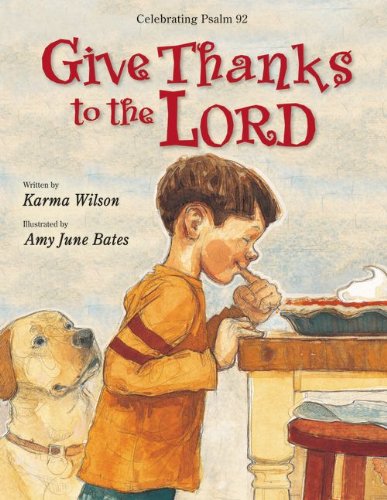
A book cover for Give Thanks to the Lord; Karma Wilson; Children's Books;